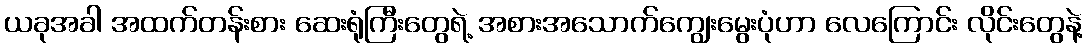
ယခုအခါ အထက်တန်းစား ဆေးရုံကြီးတွေရဲ့ အစားအသောက်ကျွေးမွေးပုံဟာ လေကြောင်း လိုင်းတွေနဲ့